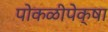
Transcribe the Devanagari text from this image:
पोकळीपेक्षा